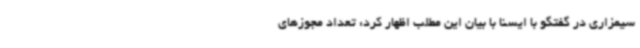
سیمزاری در گفتگو با ایسنا با بیان این مطلب اظهار کرد: تعداد مجوزهای